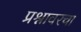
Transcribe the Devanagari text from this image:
प्रश्नावरचा